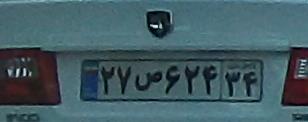
۲۷ص۶۲۴۳۴